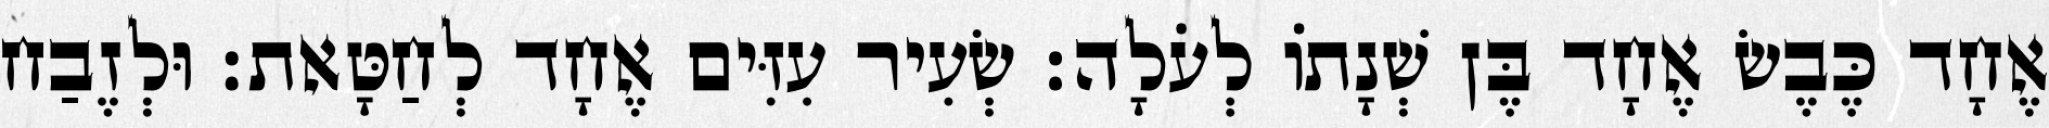
אֶחָד כֶּבֶשׂ אֶחָד בֶּן שְׁנָתוֹ לְעֹלָה׃ שְׂעִיר עִזִּים אֶחָד לְחַטָּאת׃ וּלְזֶבַח